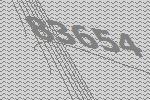
83654